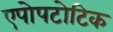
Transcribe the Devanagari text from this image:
एपोपटोटिक